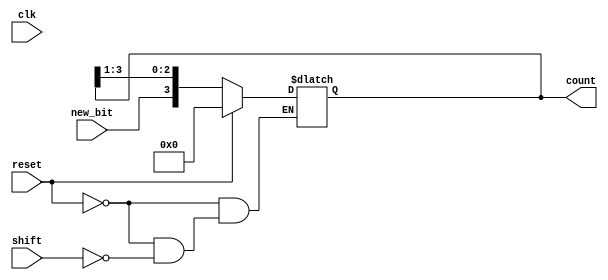
module async_shift_counter (
    input wire clk,         // Clock input (not used in asynchronous design)
    input wire reset,       // Reset signal
    input wire shift,       // Shift input signal
    input wire new_bit,     // New bit to be shifted in (LSB)
    output reg [3:0] count  // 4-bit counter output
);
    
    // Asynchronous reset
    always @* begin
        if (reset) begin
            count = 4'b0000; // Reset the counter to 0
        end else if (shift) begin
            count = {new_bit, count[3:1]}; // Right shift with new_bit at LSB
        end
        // If neither reset nor shift is active, maintain the current state
    end

endmodule